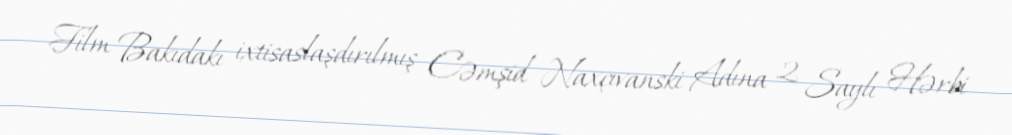
Film Bakıdakı ixtisaslaşdırılmış Cəmşid Naxçıvanski Adına 2 Saylı Hərbi